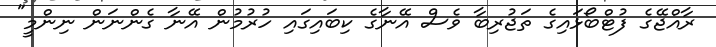
ރާއްޖޭގެ ފުޓްބޯޅައިގެ ތަޖުރިބާ ވެސް އޭނާގެ ކިބައިގައި ހުރުމުން އޭނާ ގެންނަން ނިންމީ"